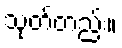
သုတ်တည်း။